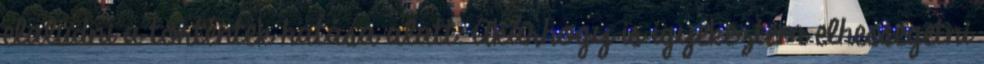
elaludni a történtek hatása alatt. Akárhogy is igyekeztem elhessegetni